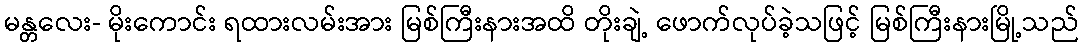
မန္တလေး- မိုးကောင်း ရထားလမ်းအား မြစ်ကြီးနားအထိ တိုးချဲ့ ဖောက်လုပ်ခဲ့သဖြင့် မြစ်ကြီးနားမြို့သည်